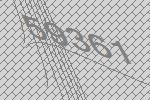
59361